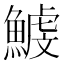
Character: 鰬